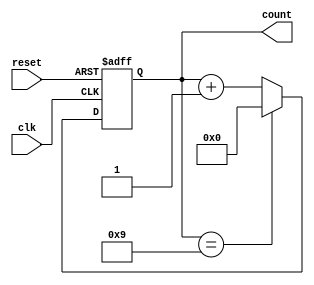
module decade_counter (
    input wire clk,         // Clock input
    input wire reset,       // Asynchronous reset input
    output reg [3:0] count  // 4-bit output to represent the count
);

// Asynchronous reset and counting logic
always @(posedge clk or posedge reset) begin
    if (reset) begin
        count <= 4'b0000; // Reset count to 0
    end else begin
        if (count == 4'b1001) begin // If count is 9 (binary 1001)
            count <= 4'b0000;       // Reset count to 0
        end else begin
            count <= count + 1;     // Increment count
        end
    end
end

endmodule